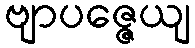
ဗျာပဇ္ဇေယျ